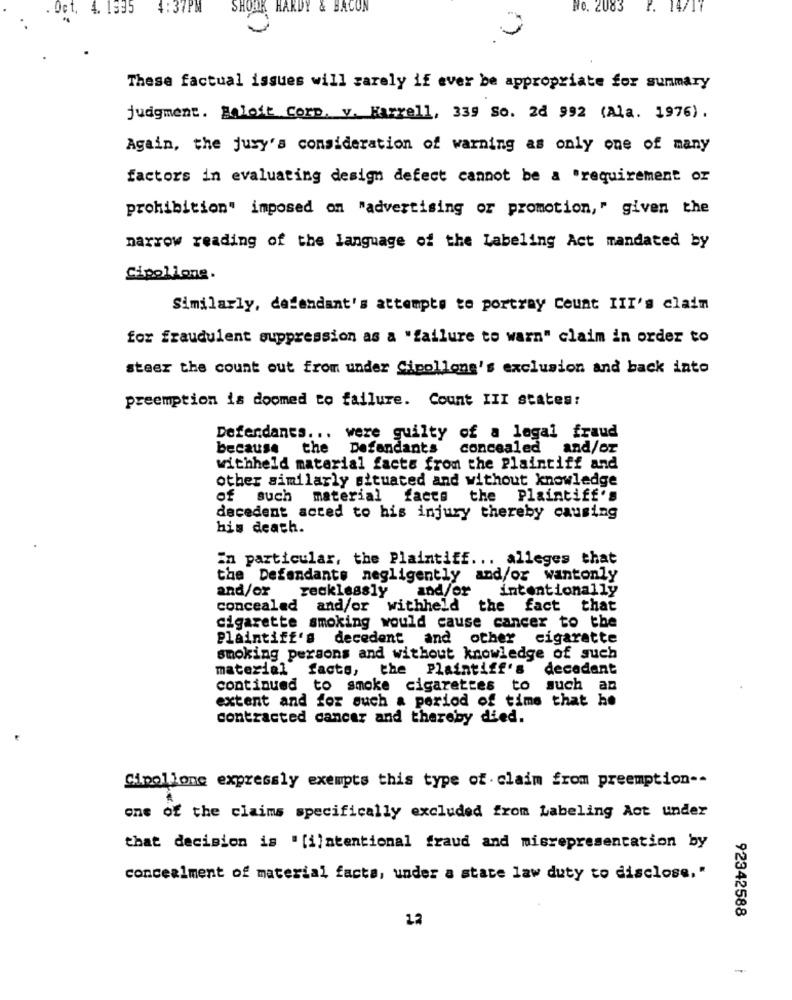
Det, 4.
:37
SHOAR HARDY & BACON
fe. 2083
P. 14/17
These factual issues will rarely if ever be appropriate for summary
judgment. Boloit Corp. v. Harrell, 339 So. 2d 992 (Ala. 1976) .
Again, the jury's consideration of warning as only one of many
factors in evaluating design defect cannot be a "requirement or
prohibition" imposed on "advertising or promotion," given the
narrow reading of the language of the Labeling Act mandated by
Cipollone.
Similarly, defendant's attempts to portray Count III's claim
for fraudulent suppression as a "failure to warn" claim in order to
steer the count out from under Cipollone's exclusion and back into
preemption is doomed to failure. Count III states:
Defendants ... were guilty of a legal fraud
because the Defendants concealed and/or
withheld material facts from the Plaintiff and
other similarly situated and without knowledge
of such material facts the Plaintiff's
decedent acted to his injury thereby causing
his death.
in particular, the Plaintiff ... alleges that
the Defendants negligently and/or wantonly
and/or
recklessly
and/or
intentionally
concealed and/or withheld the fact that
cigarette smoking would cause cancer to the
Plaintiff's decedent and other cigarette
smoking persons and without knowledge of such
material facts, the Plaintiff's
decadent
continued to smoke cigarettes to such an
extent and for such a period of time that he
contracted cancer and thereby died.
Cipollone expressly exempts this type of claim from preemption --
one of the claims specifically excluded from Labeling Act under
that decision is "[i]ntentional fraud and misrepresentation by
concealment of material, facts, under a state law duty to disclose."
12
92342588
-